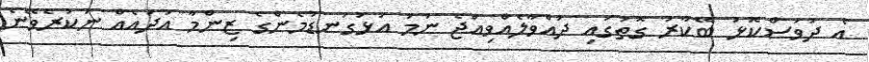
އެ ދުވަސްކޮޅު ބޭކާރު ގޮތުގައި ދުއްވާލެއްވިއްޖެ ނަމަ އަޅުގަނޑުމެންގެ ޒިންމާ އަދައެއް ނުކުރެވޭނެ